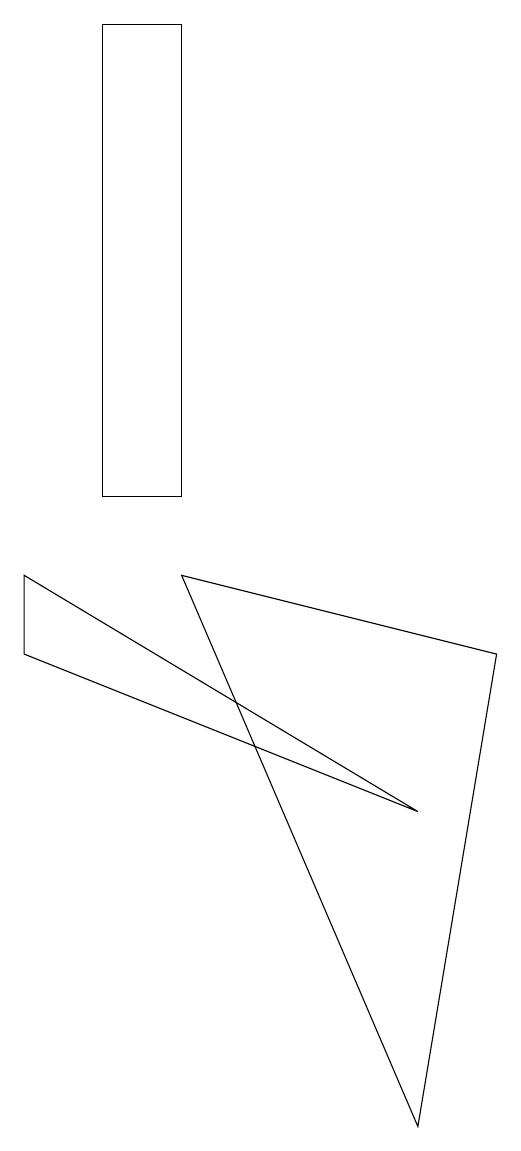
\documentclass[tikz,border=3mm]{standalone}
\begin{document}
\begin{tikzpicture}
\draw (4,9) -- (7,2) -- (8,8) -- cycle;
\draw (4,16) rectangle (3,10);
\draw (2,8) -- (2,9) -- (7,6) -- cycle;
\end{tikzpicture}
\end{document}